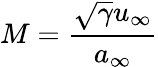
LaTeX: M=\frac{\sqrt{\gamma}u_{\infty}}{a_{\infty}}